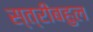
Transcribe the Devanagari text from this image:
स्त्रीबहुल